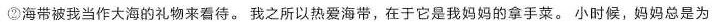
②海带被我当作大海的礼物来看待。我之所以热爱海带，在于它是我妈妈的拿手菜。小时候，妈妈总是为